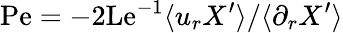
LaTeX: \mathrm{Pe}=-2\mathrm{Le}^{-1}\langle u_{r}X^{\prime}\rangle/\langle\partial_{r}X^{\prime}\rangle